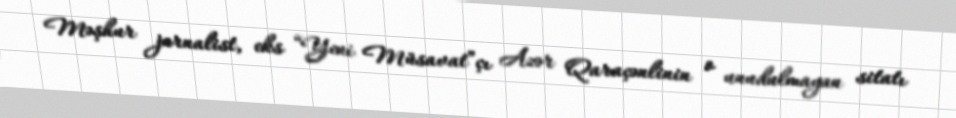
Məşhur jurnalist, eks “Yeni Müsavat”çı Azər Qaraçənlinin o unudulmayan sitatı